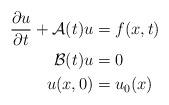
LaTeX: \begin{align*} \begin{aligned} \frac{\partial u}{\partial t}+\mathcal A(t)u &=f(x,t) &&\\ \mathcal B(t)u&=0 &&\\ u(x,0)&=u_0(x)&& \end{aligned} \end{align*}